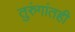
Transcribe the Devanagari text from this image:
तुरुंगांतही